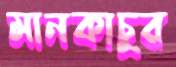
মানকাচুর